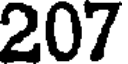
207